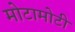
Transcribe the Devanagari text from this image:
मोटामोटी